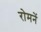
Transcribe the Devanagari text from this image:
रोमनें